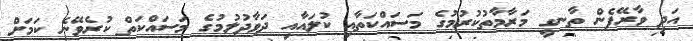
އަދި ވާރޭފެން ތާނގީ މަރާމާތުކުރުމުގެ މަސައްކަތާއި ކުލައާއި ދަވާދުލުމުގެ މަސައްކަތް ކުރެވޭނެ ކަމަށް